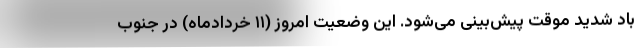
باد شدید موقت پیش‌بینی می‌شود. این وضعیت امروز (۱۱ خردادماه) در جنوب